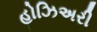
હોઝિઅરી